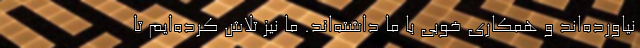
نیاورده‌اند و همکاری خوبی با ما داشته‌اند. ما نیز تلاش کرده‌ایم تا